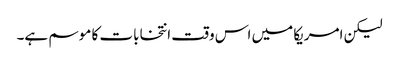
لیکن امریکا میں اس وقت انتخابات کا موسم ہے۔